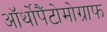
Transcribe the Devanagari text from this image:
ऑर्थोपैंटोमोग्राफ